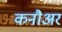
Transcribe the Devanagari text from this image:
कनौअर